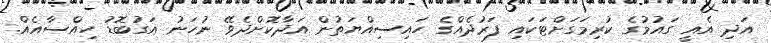
އަދި އެއީ ގައުމުގެ ކުރިމަގަށްޓަކައި ފަރުދެއްގެ ހައިސިއްޔަތުން އަދާކޮށްދެވޭ ނުހަނު އަގުބޮޑު ހިއްސާއެއް.